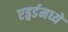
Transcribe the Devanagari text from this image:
एड्वर्डमध्ये